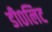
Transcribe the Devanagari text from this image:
डी०लिट